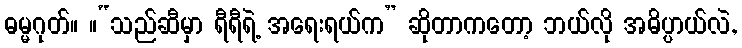
ဓမ္မဂုတ်။ ။“သည်ဆီမှာ ရီရီရဲ့ အရေးရယ်က” ဆိုတာကတော့ ဘယ်လို အဓိပ္ပာယ်လဲ,